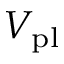
V _ { \mathrm { p l } }